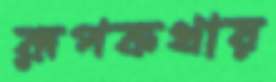
রূপকথায়